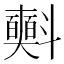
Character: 𣂐